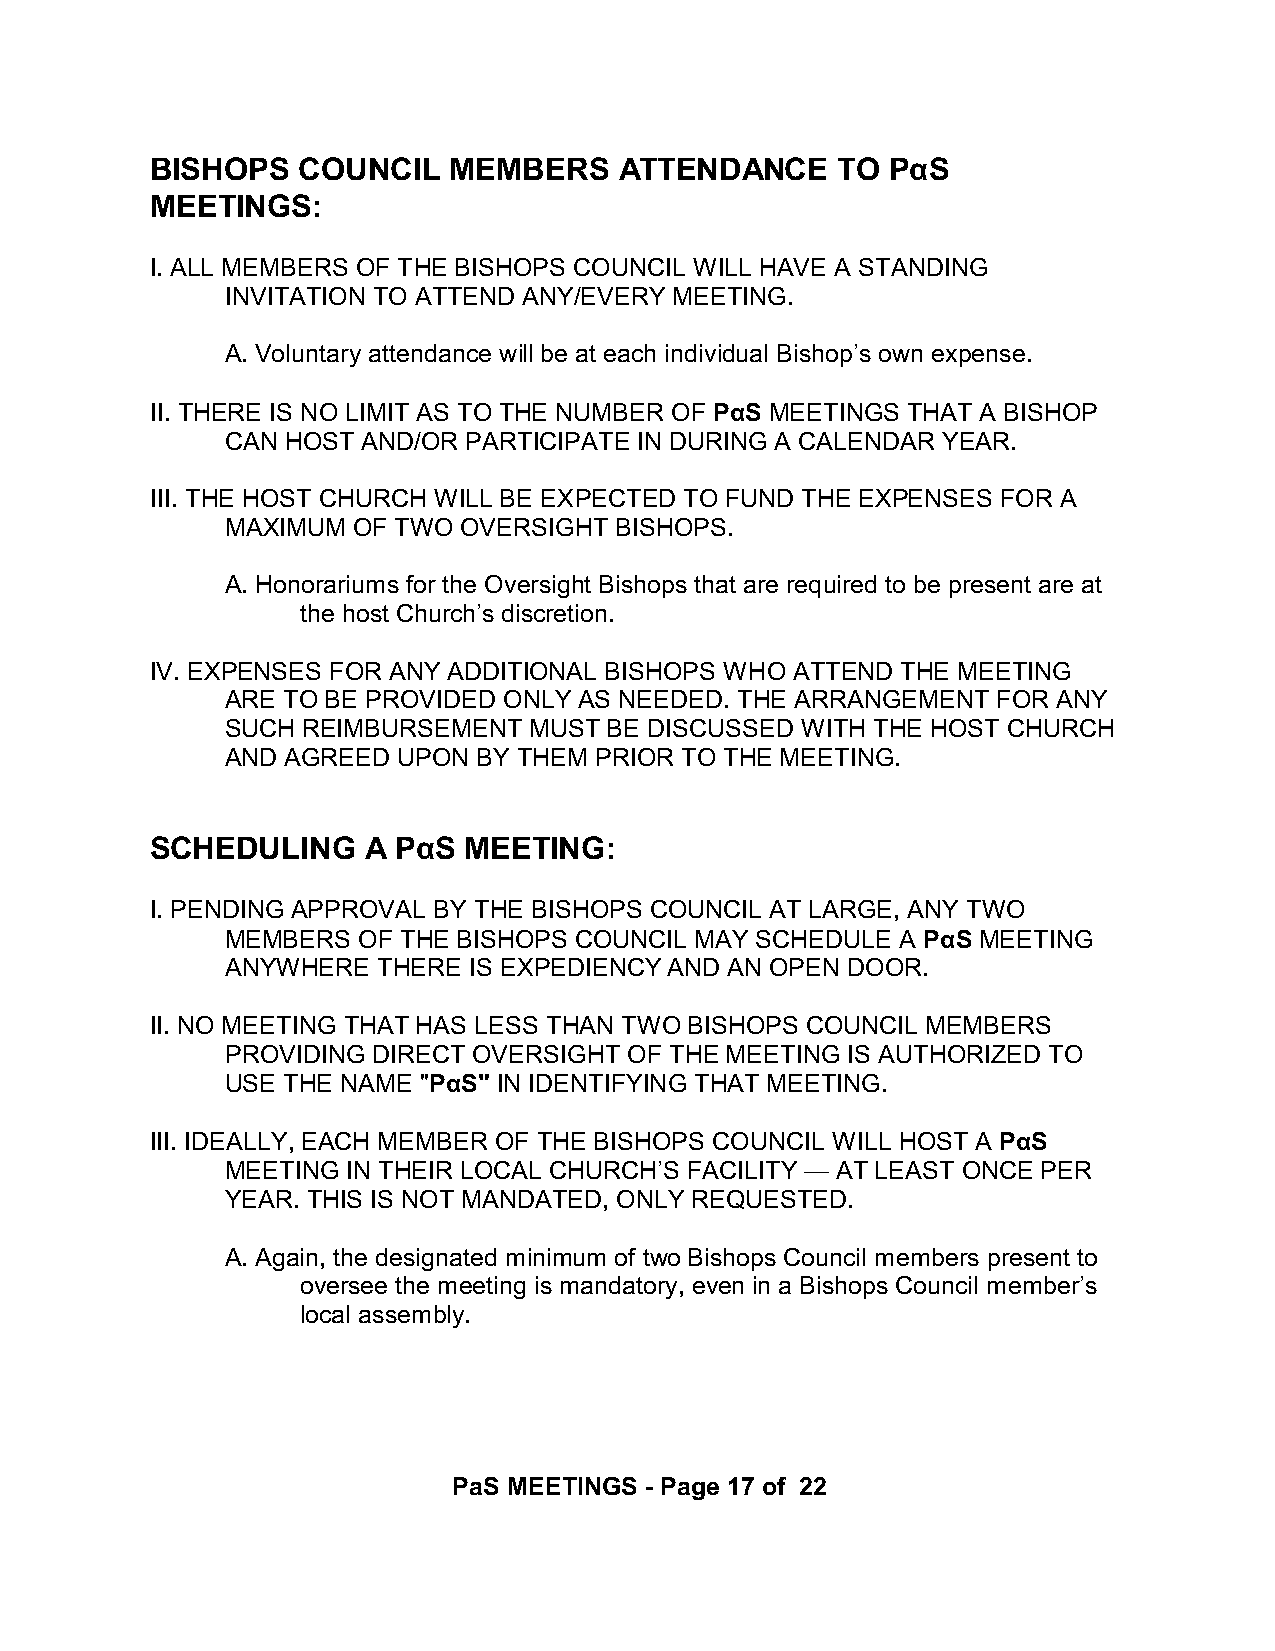
BISHOPS   COUNCIL   MEMBERS    ATTENDANCE    TO  PáS
 MEETINGS:
 I. ALL MEMBERS OF THE BISHOPS COUNCIL WILL HAVE A STANDING
 INVITATION TO ATTEND ANY/EVERY MEETING.
 A. Voluntary attendance will be at each individual Bishop’s own expense.
 II. THERE IS NO LIMIT AS TO THE NUMBER OF PáS MEETINGS THAT A BISHOP
 CAN HOST AND/OR PARTICIPATE IN DURING A CALENDAR YEAR.
 III. THE HOST CHURCH WILL BE EXPECTED TO FUND THE EXPENSES FOR A
 MAXIMUM OF TWO  OVERSIGHT BISHOPS.
 A. Honorariums for the Oversight Bishops that are required to be present are at
 the host Church’s discretion.
 IV. EXPENSES FOR ANY ADDITIONAL BISHOPS WHO ATTEND THE MEETING
 ARE TO BE PROVIDED ONLY AS NEEDED. THE ARRANGEMENT FOR ANY
 SUCH REIMBURSEMENT  MUST BE DISCUSSED WITH THE HOST CHURCH
 AND AGREED UPON  BY THEM PRIOR TO THE MEETING.
 SCHEDULING    A PáS  MEETING:
 I. PENDING APPROVAL BY THE BISHOPS COUNCIL AT LARGE, ANY TWO
 MEMBERS  OF THE BISHOPS COUNCIL MAY SCHEDULE A PáS MEETING
 ANYWHERE  THERE IS EXPEDIENCY AND AN OPEN DOOR.
 II. NO MEETING THAT HAS LESS THAN TWO BISHOPS COUNCIL MEMBERS
 PROVIDING DIRECT OVERSIGHT OF THE MEETING IS AUTHORIZED TO
 USE THE NAME "PáS" IN IDENTIFYING THAT MEETING.
 III. IDEALLY, EACH MEMBER OF THE BISHOPS COUNCIL WILL HOST A PáS
 MEETING IN THEIR LOCAL CHURCH’S FACILITY — AT LEAST ONCE PER
 YEAR. THIS IS NOT MANDATED, ONLY REQUESTED.
 A. Again, the designated minimum of two Bishops Council members present to
 oversee the meeting is mandatory, even in a Bishops Council member’s
 local assembly.
 PaS MEETINGS - Page 17 of 22